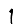
Digit: 1